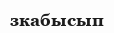
зкабысып